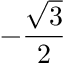
- { \frac { \sqrt { 3 } } { 2 } }